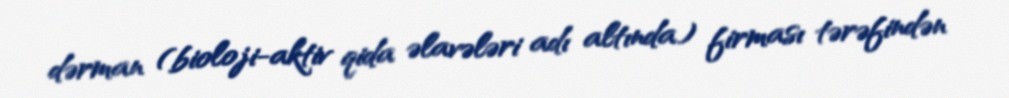
dərman (bioloji-aktiv qida əlavələri adı altında) firması tərəfindən